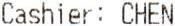
CASHIER: CHEN